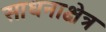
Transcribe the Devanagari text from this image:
साधनाक्षेत्र